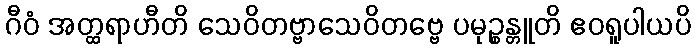
ဂီဝံ အတ္ထရာဟီတိ သေဝိတဗ္ဗာသေဝိတဗ္ဗေ ပမုဉ္စန္တူတိ ဧဝရူပါယပိ